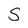
Character: S